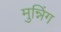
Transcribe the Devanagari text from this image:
मुन्निंग